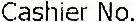
CASHIER NO.